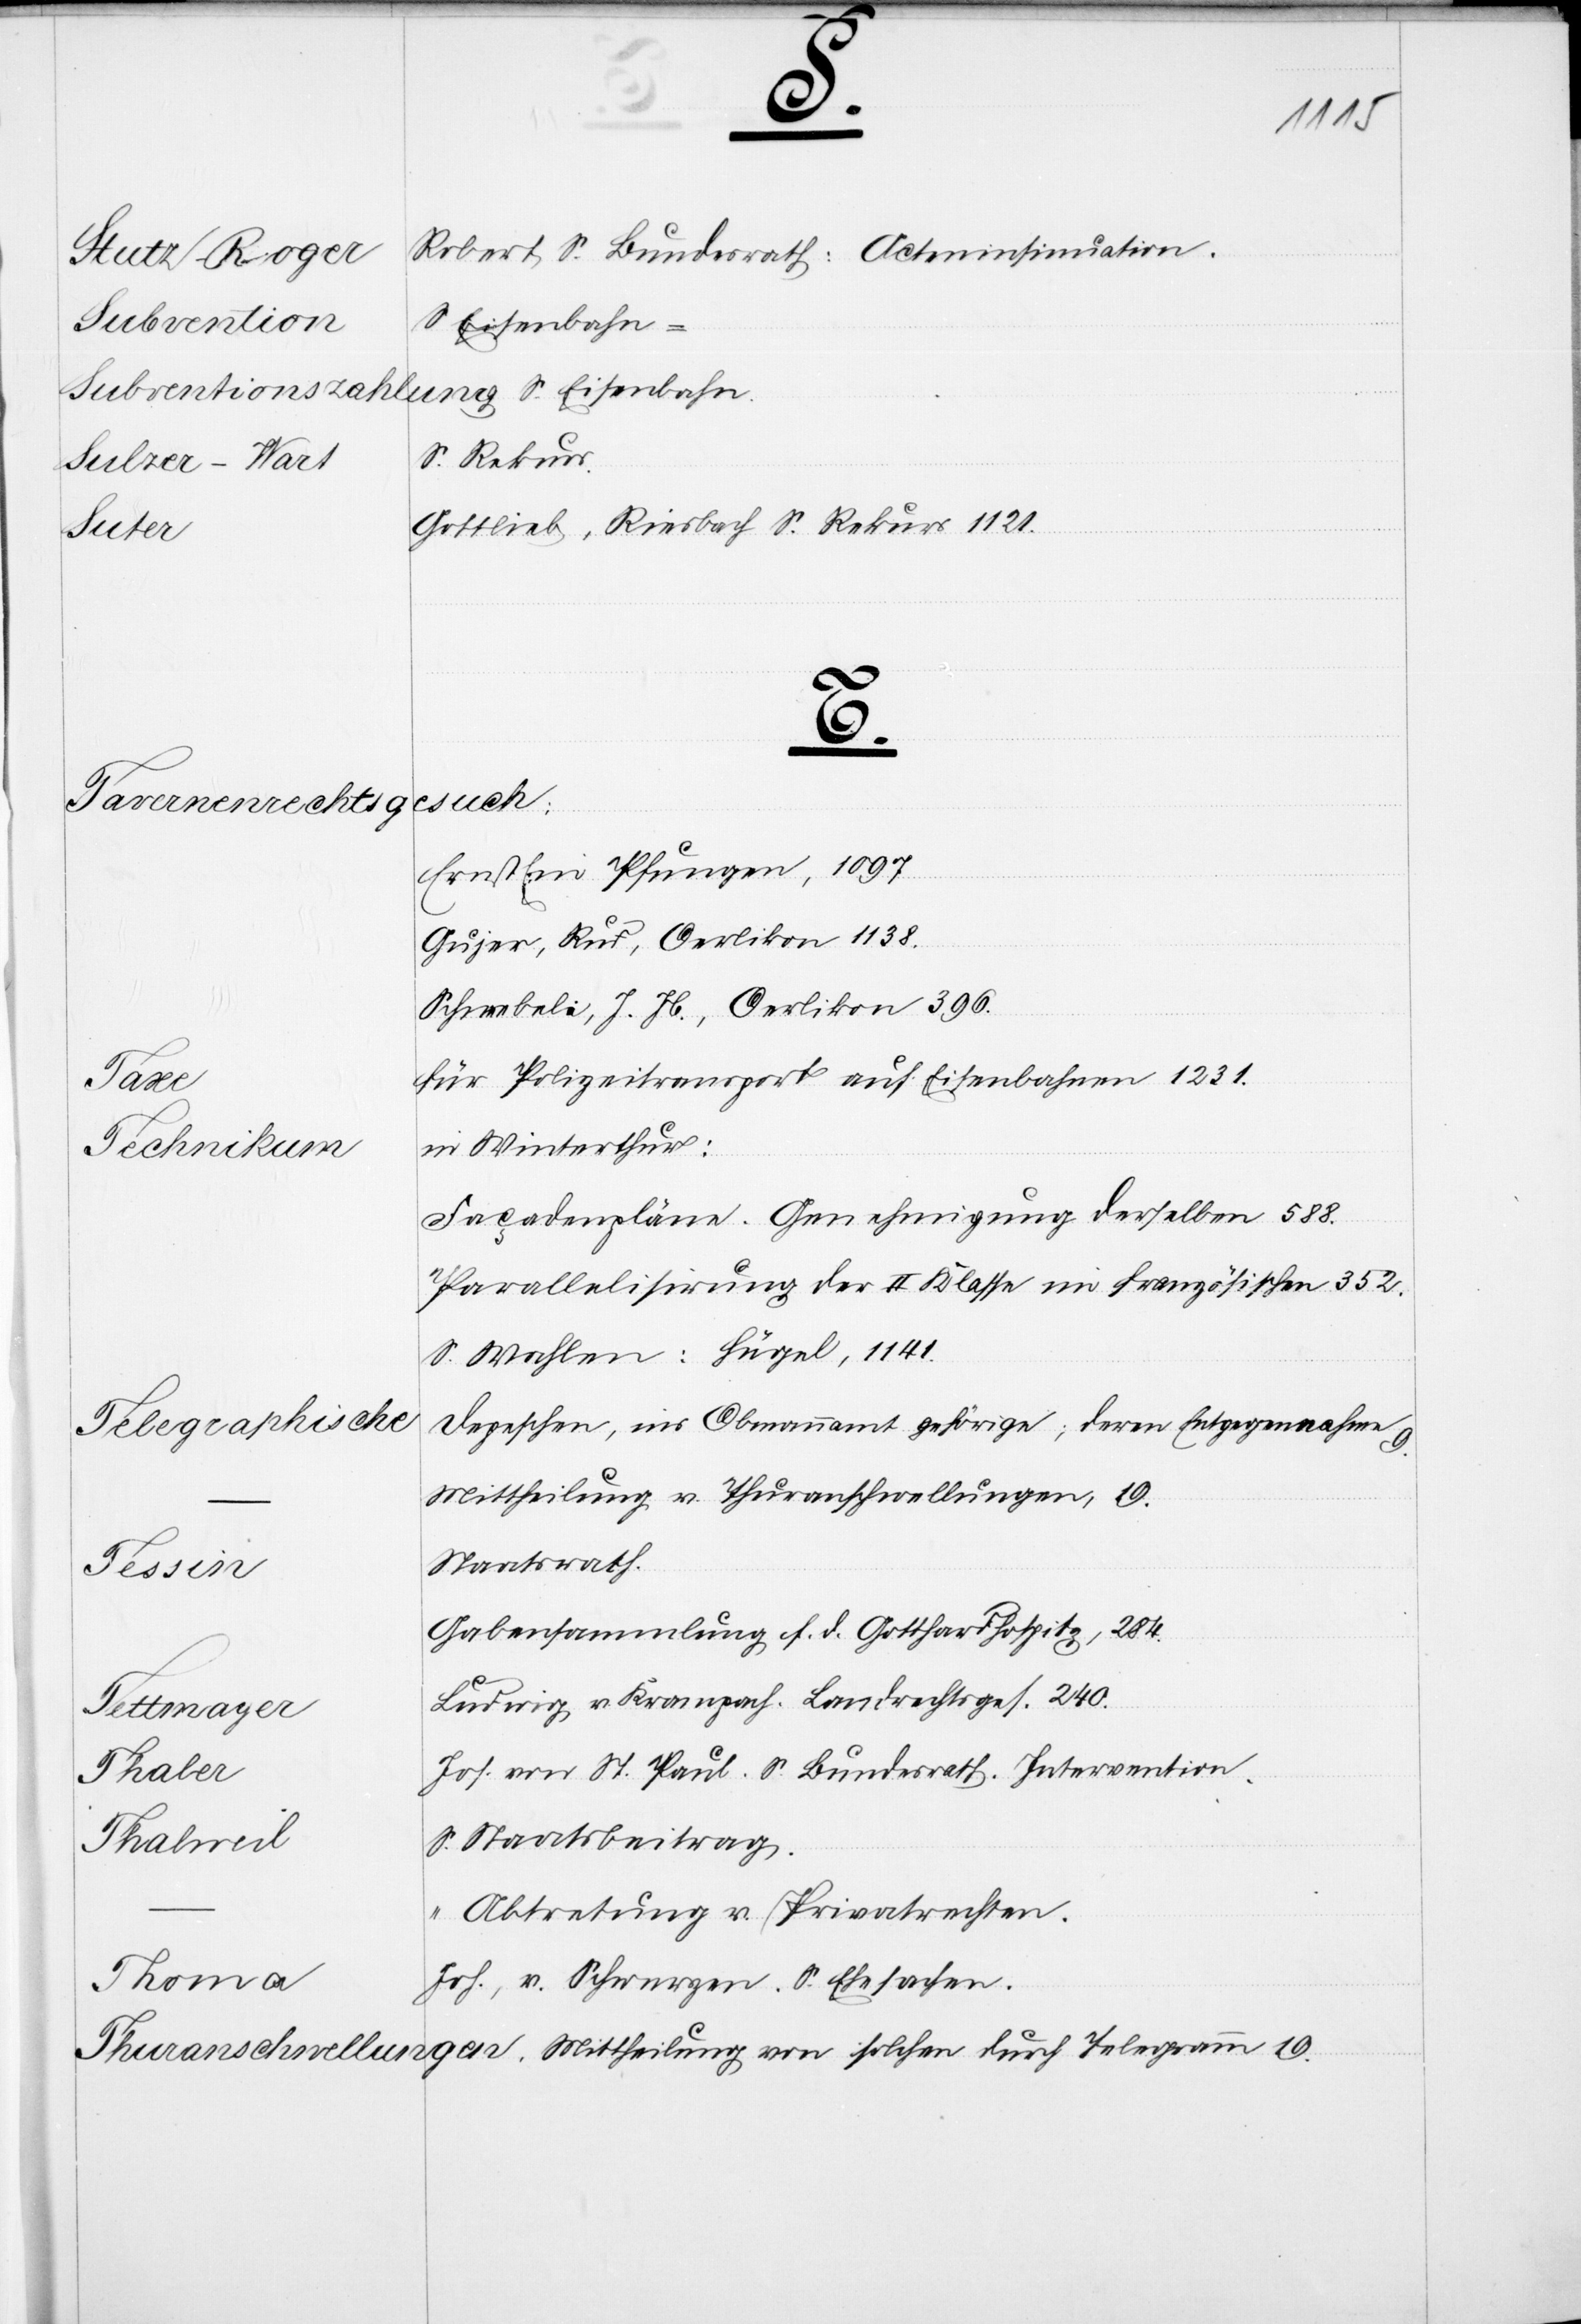
1876.
eine¬
Gesuch
26.
das
kantonalen
s Staatsbeitrages